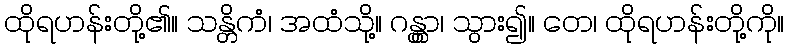
ထိုရဟန်းတို့၏။ သန္တိကံ၊ အထံသို့။ ဂန္တွာ၊ သွား၍။ တေ၊ ထိုရဟန်းတို့ကို။